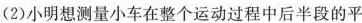
(2)小明想测量小车在整个运动过程中后半段的平